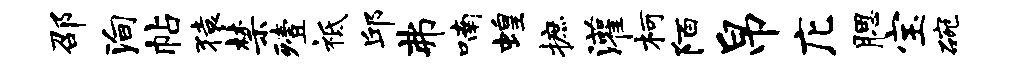
邵殉帖猿禁殪祗邱弗喃蝗摭灌柯陌帛庀腮宝碗